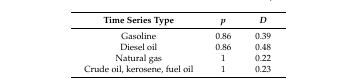
<table><thead><tr><td><b>Time Series Type</b></td><td><b><i>p</i></b></td><td><b><i>D</i></b></td></tr></thead><tbody><tr><td>Gasoline</td><td>0.86</td><td>0.39</td></tr><tr><td>Diesel oil</td><td>0.86</td><td>0.48</td></tr><tr><td>Natural gas</td><td>1</td><td>0.22</td></tr><tr><td>Crude oil, kerosene, fuel oil</td><td>1</td><td>0.23</td></tr></tbody></table>